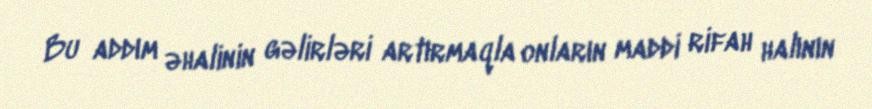
Bu addım əhalinin gəlirləri artırmaqla onların maddi rifah halının